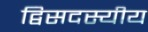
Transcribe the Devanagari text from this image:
द्विसदस्यीय